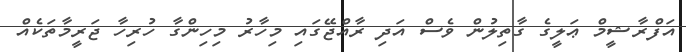
އަފްރާޝީމް ޢަލީގެ ގާތިލުން ވެސް އަދި ރާއްޖޭގައި މިހާރު މިހިންގާ ހުރިހާ ޖަރީމާތަކެއް